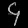
Digit: ၄